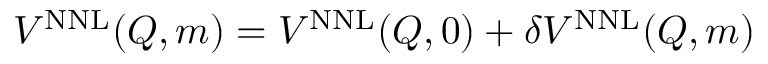
V ^ { \mathrm { \tiny { N N L } } } ( Q , m ) = V ^ { \mathrm { \tiny { N N L } } } ( Q , 0 ) + \delta V ^ { \mathrm { \tiny { N N L } } } ( Q , m )